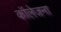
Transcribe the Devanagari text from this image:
कॉलेजना